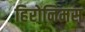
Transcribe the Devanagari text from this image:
हिरोनिमस